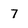
Character: 7